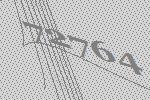
72764